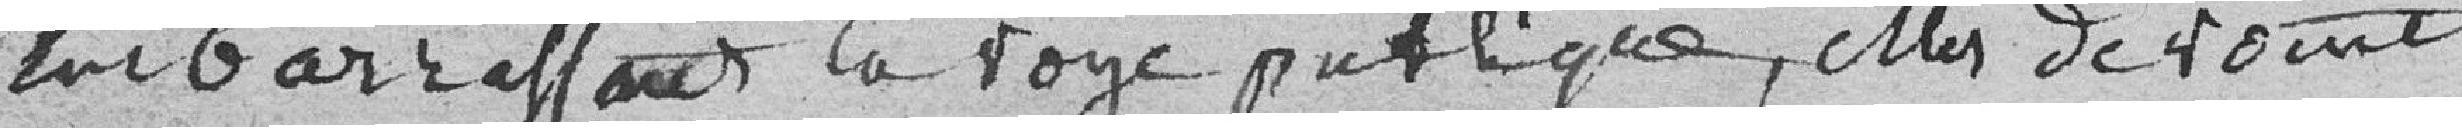
embarrassant la voie publique, elles devront